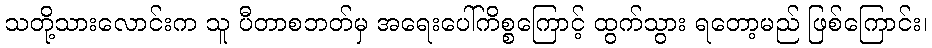
သတို့သားလောင်းက သူ ပီတာစဘတ်မှ အရေးပေါ်ကိစ္စကြောင့် ထွက်သွား ရတော့မည် ဖြစ်ကြောင်း၊